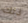
ذلك